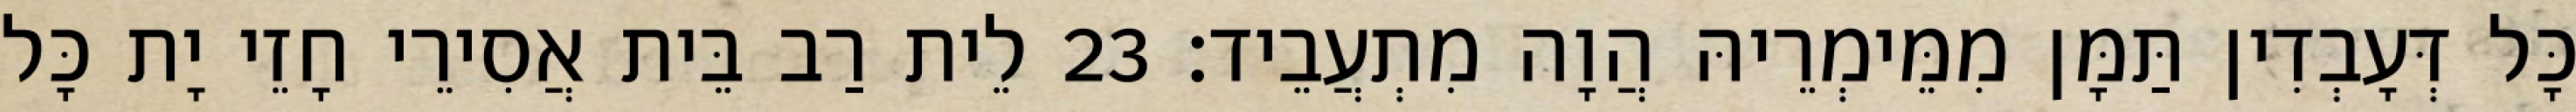
כָּל דְּעָבְדִין תַּמָּן מִמֵּימְרֵיהּ הֲוָה מִתְעֲבֵיד׃ 23 לֵית רַב בֵּית אֲסִירֵי חָזֵי יָת כָּל